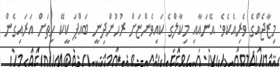
މިޒާޖެއްގެ ވެރިއެކެވެ. އޭނައާއި މިކާލްގެ ކައިވެންޏަށް ރުހުންދިނީ ބައްޕަ ކީކޭ ހިތަށް އަރައިގެން